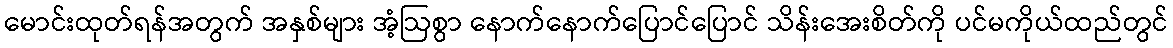
မောင်းထုတ်ရန်အတွက် အနှစ်များ အံ့ဩစွာ နောက်နောက်ပြောင်ပြောင် သိန်းအေးစိတ်ကို ပင်မကိုယ်ထည်တွင်